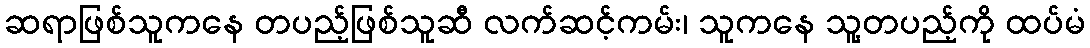
ဆရာဖြစ်သူကနေ တပည့်ဖြစ်သူဆီ လက်ဆင့်ကမ်း၊ သူကနေ သူ့တပည့်ကို ထပ်မံ